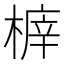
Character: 𣖸